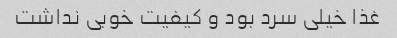
غذا خیلی سرد بود و کیفیت خوبی نداشت